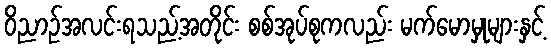
ဝိညာဉ်အလင်းရသည့်အတိုင်း စစ်အုပ်စုကလည်း မက်မောမှုများနှင့်